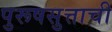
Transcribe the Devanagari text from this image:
पुरूषसुत्ताची